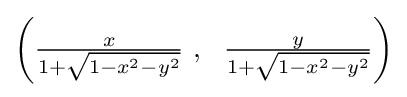
{\textstyle \left({\frac {x}{1+{\sqrt {1-x^{2}-y^{2}}}}}\ ,\ \ {\frac {y}{1+{\sqrt {1-x^{2}-y^{2}}}}}\right)}